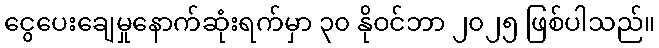
ငွေပေးချေမှုနောက်ဆုံးရက်မှာ ၃၀ နိုဝင်ဘာ ၂၀၂၅ ဖြစ်ပါသည်။